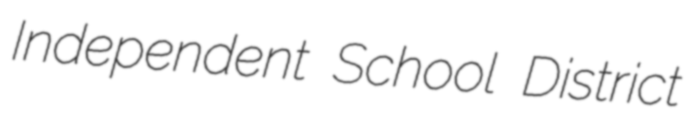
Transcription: Independent School District